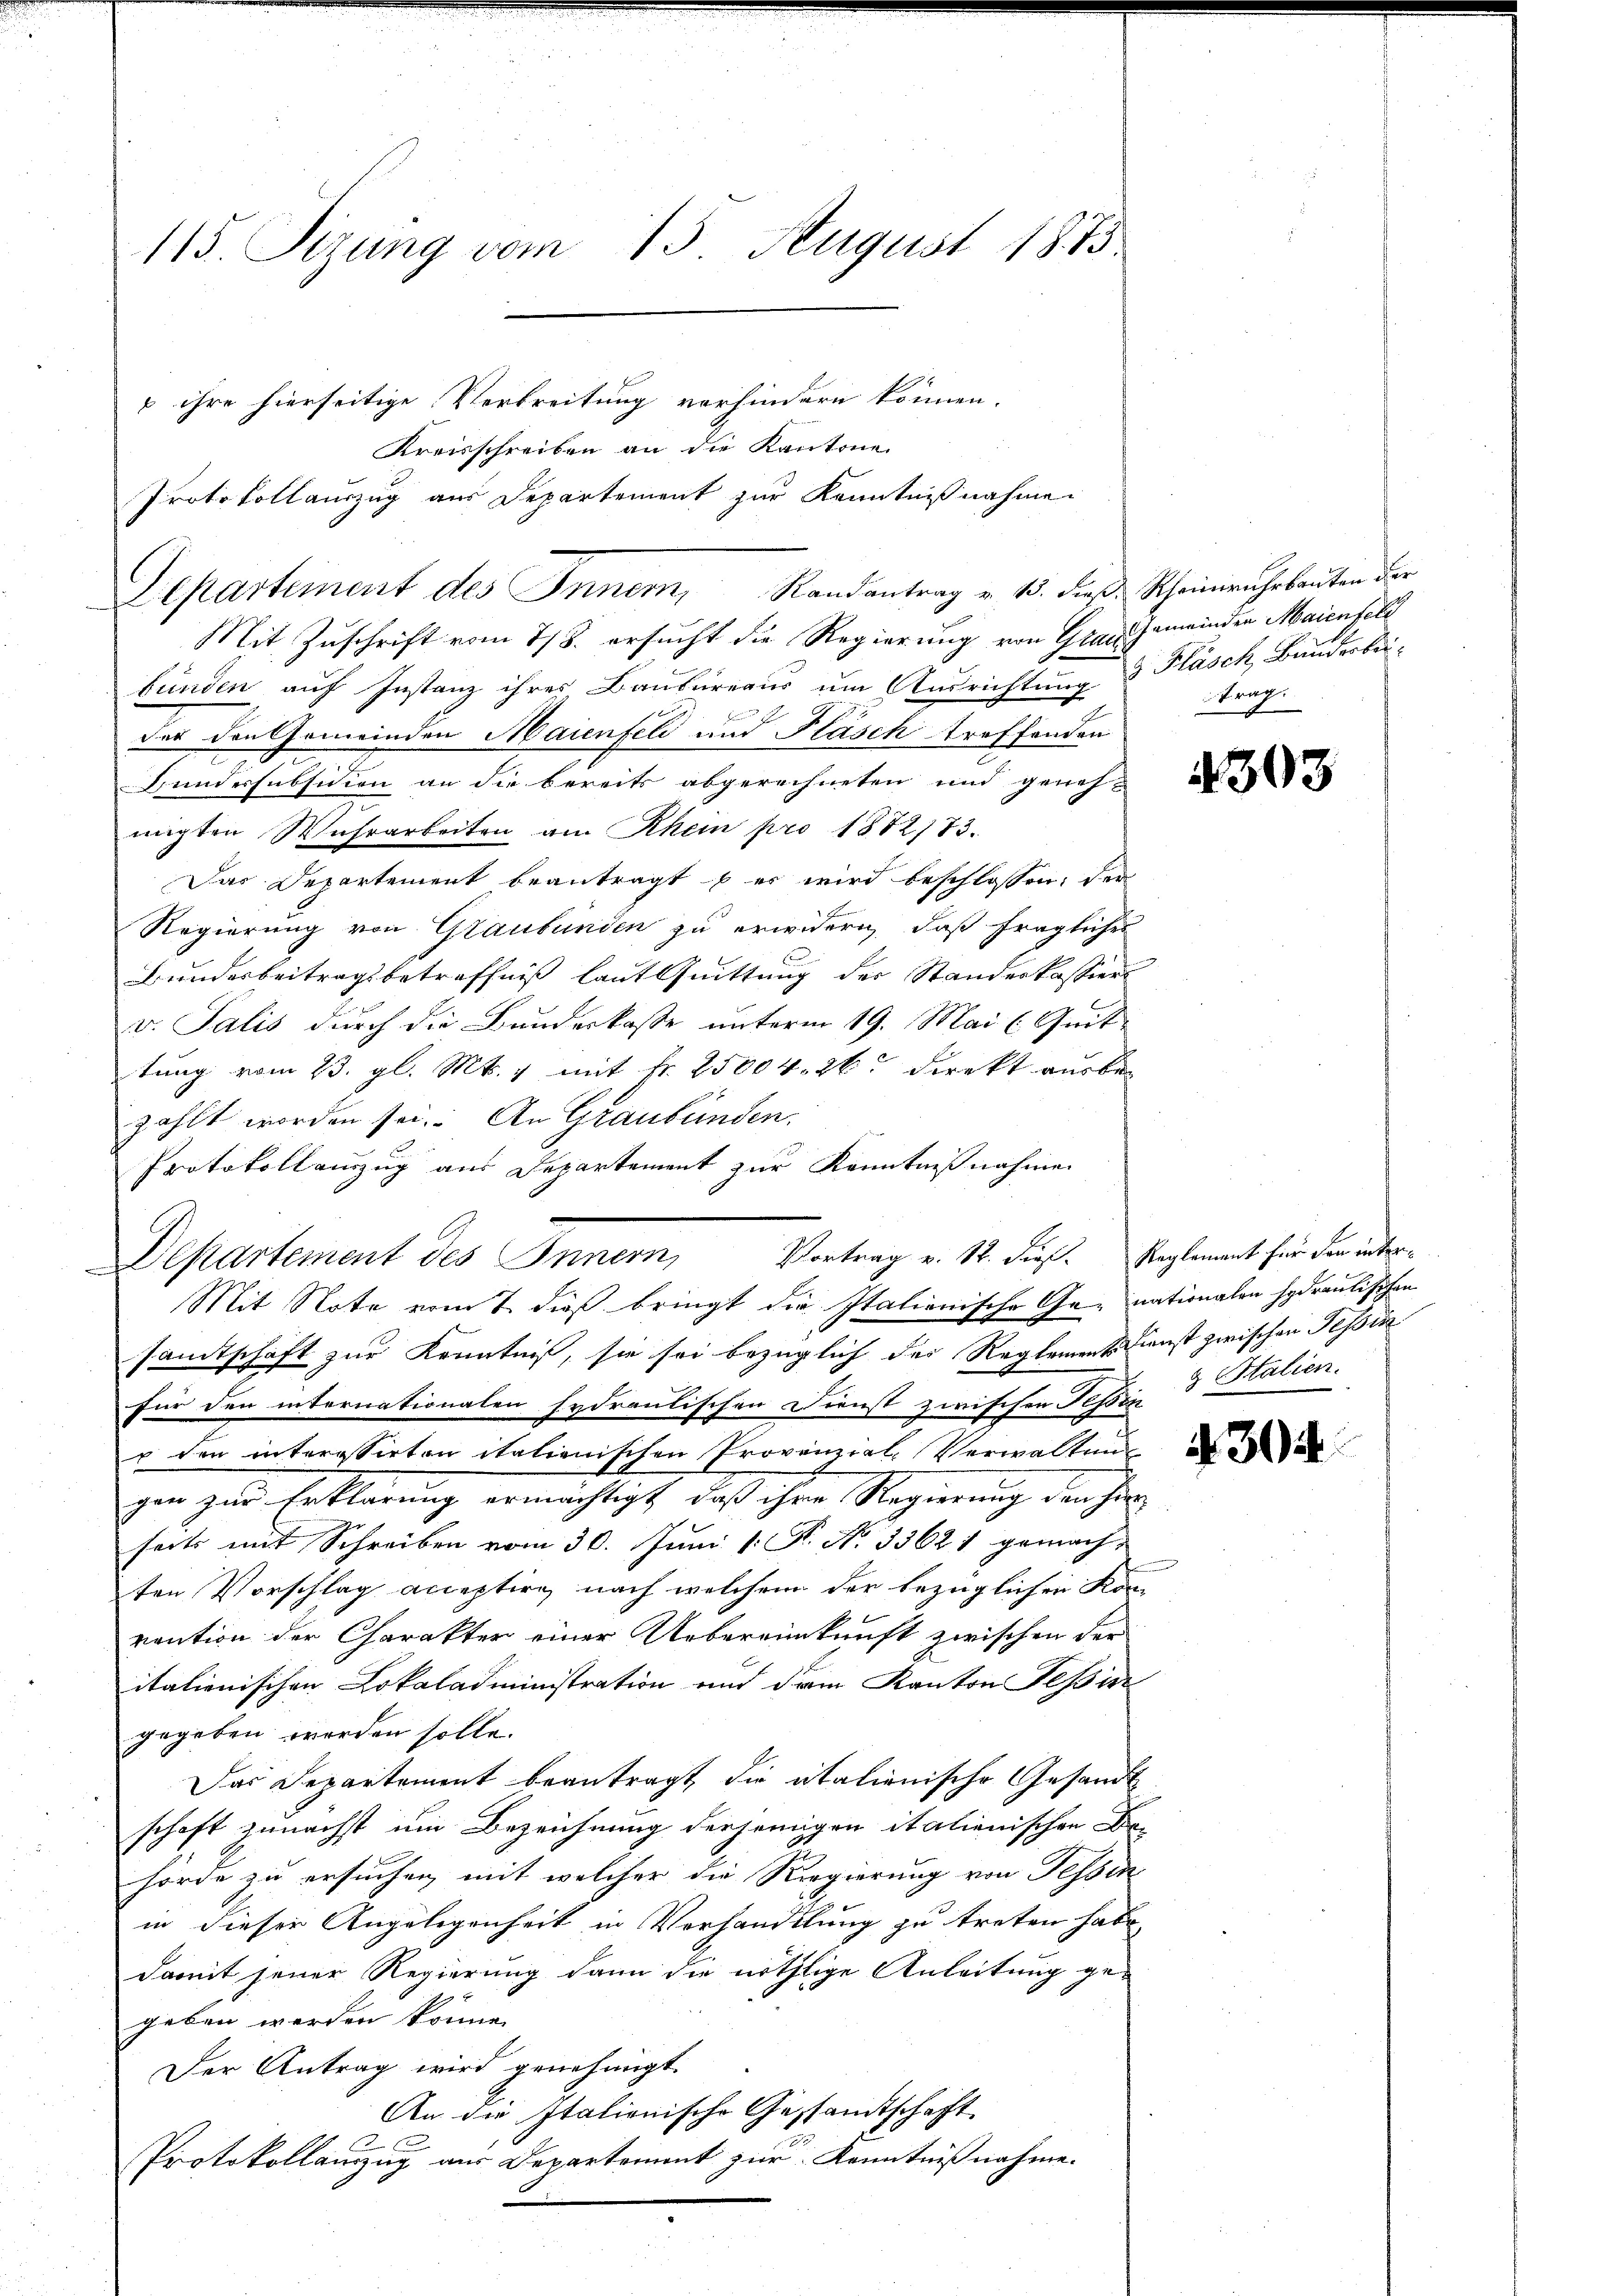
115. Sizung vom 15. August 1873

u ihre hierseitige Verbreitung vorhindern können.
Kreisschreiben an die Kantone.
Protokollauszug aus Departement zur Kenntnißnahme.
Mit Zuschrift vom 7/8. ersucht die Regierung von Glas Gemeinden Maienfeld
bünden auf Instanz ihres Baubureaus um Ausrichtung & Fläsch, Bunderbei-
der den Gemeinden Maienfeld und Fläsch treffenden
Bundessubsidien an die bereits abgerechneten und genehnigten Wuhrarbeiten am Rhein pro 1872/73.
Das Departement beantragt b er wird beschlossen, der
Regierung von Graubünden zu erwidern, daß fragliches
Bundesbeitragsbetreffniß laut Quittung der Standerkassiers
v. Salis durch die Bundeskasse unterm 19. Mai l. Quit
tung vom 23. gl. Mts. 1 mit Nr. 25004. 26. Direkt ausbezählt worden sei. An Graubünden.
samtschaft zur Kenntniß, sie sei bezüglich des Reglement Dienst zwischen Tessin
für den internationalen Eydrantischen Dienst zwischen Tessin
r den interessirten italienischen Provinzial-Verwaltung
gen zur Erklärung ermächtigt, daß ihre Regierung der hin
seits mit Schreiben vom 30. Juni [ P. No 33621 gemacht
ten Vorschlag acceptire, nach welchem der bezüglichen Kom-
vention der Charakter einer Uebereinkunft zwischen der
italienischen Lokaladministration und dem Kanton Tessin
gegeben werden solle.
Das Departement beantragt, die italienische Gesandt
schaft zunächst um Bezeichnung derjenigen italienischen Be-
hörde zu ersuchen, mit welcher die Regierung von Tessin
in dieser Angelegenheit in Verhandlung zu treten habe.
damit jener Regierung dann die nöthlige Anleitung gegeben werden könne.
Der Antrag wird genehmigt.
An die Italionische Gesandtschaft
Protokollanzug aus Departement zur Kenntnißnahme.

Departement des Inner, Randantrag v. 13. dieß Scheinrührbauten der

Protokollanzug aus Departement zur Kenntnißnahme
Departement des Innern, Vortrag v. 12. dieß. Reglement für den inter¬
Mit Note vom 7. dieß bringt die Italienische Ge- nationalen Hydraulischen

trage

4303

& Italien.

304.